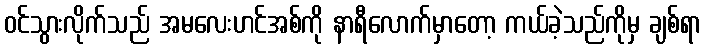
ဝင်သွားလိုက်သည် အမလေးဟင်အစ်ကို နာရီလောက်မှာတော့ ကယ်ခဲ့သည်ကိုမှ ချစ်ရာ